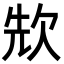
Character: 㰫